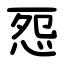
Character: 㤪